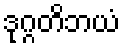
ဒုဂ္ဂတိဘယံ